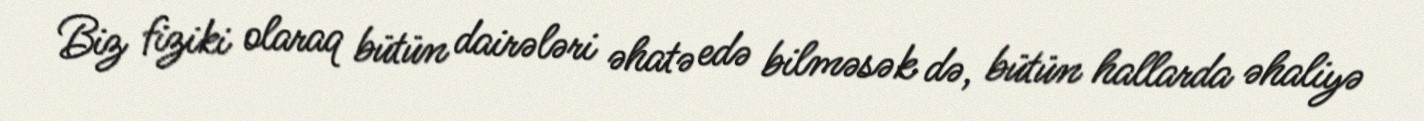
Biz fiziki olaraq bütün dairələri əhatə edə bilməsək də, bütün hallarda əhaliyə